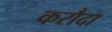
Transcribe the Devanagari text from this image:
करौदा